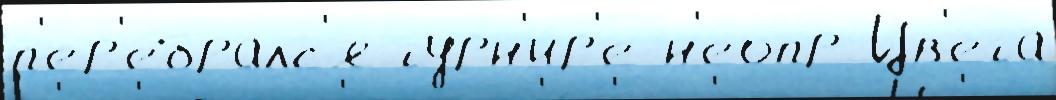
п'ер'ебралс'я турн'и́р'е н'еопр Цв'ета